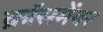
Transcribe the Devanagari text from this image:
क्रॉसमेंबर